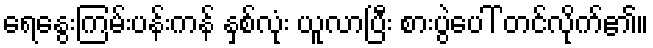
ရေနွေးကြမ်းပန်းကန် နှစ်လုံး ယူလာပြီး စားပွဲပေါ် တင်လိုက်၏။